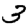
Digit: 3